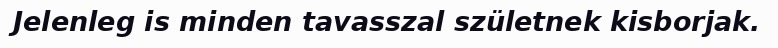
Jelenleg is minden tavasszal születnek kisborjak.